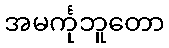
အမင်္ကုဘူတော